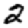
Digit: 2